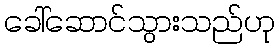
ခေါ်ဆောင်သွားသည်ဟု